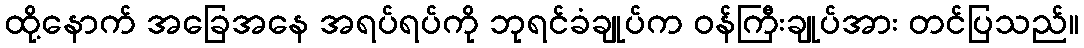
ထို့နောက် အခြေအနေ အရပ်ရပ်ကို ဘုရင်ခံချုပ်က ဝန်ကြီးချုပ်အား တင်ပြသည်။